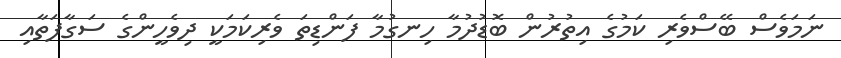
ނަމަވެސް ބޭސްވެރި ކަމުގެ އިތުރުން ބޮޑުދުމާ ހިނގުމާ ފަންޑިތަ ވެރިކަމަކީ ދިވެހީންގެ ސަގާފަތާއި